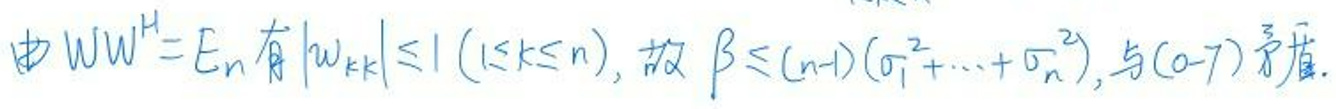
由\(WW^H = E_n\)有\(\vert w_{kk} \vert \leq 1\) (\(1 \leq k \leq n\))，故\(\beta \leq (n - 1)(\sigma_1^2 + \cdots + \sigma_n^2)\)，与(0-7)矛盾。